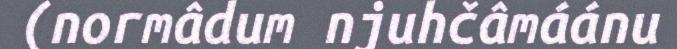
(normâdum njuhčâmáánu